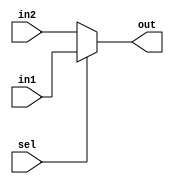
module mux_behav(out, in1,in2,sel );  //you list all inputs and outputs, by convention outputs go first
output out;                          // this tells the compile which lines are inputs and outputs 
input in1,in2,sel;
reg out;
always@(in1 or in2 or sel)
begin
	if (sel) 
out =in1;
           else	
	out=in2;
end

endmodule